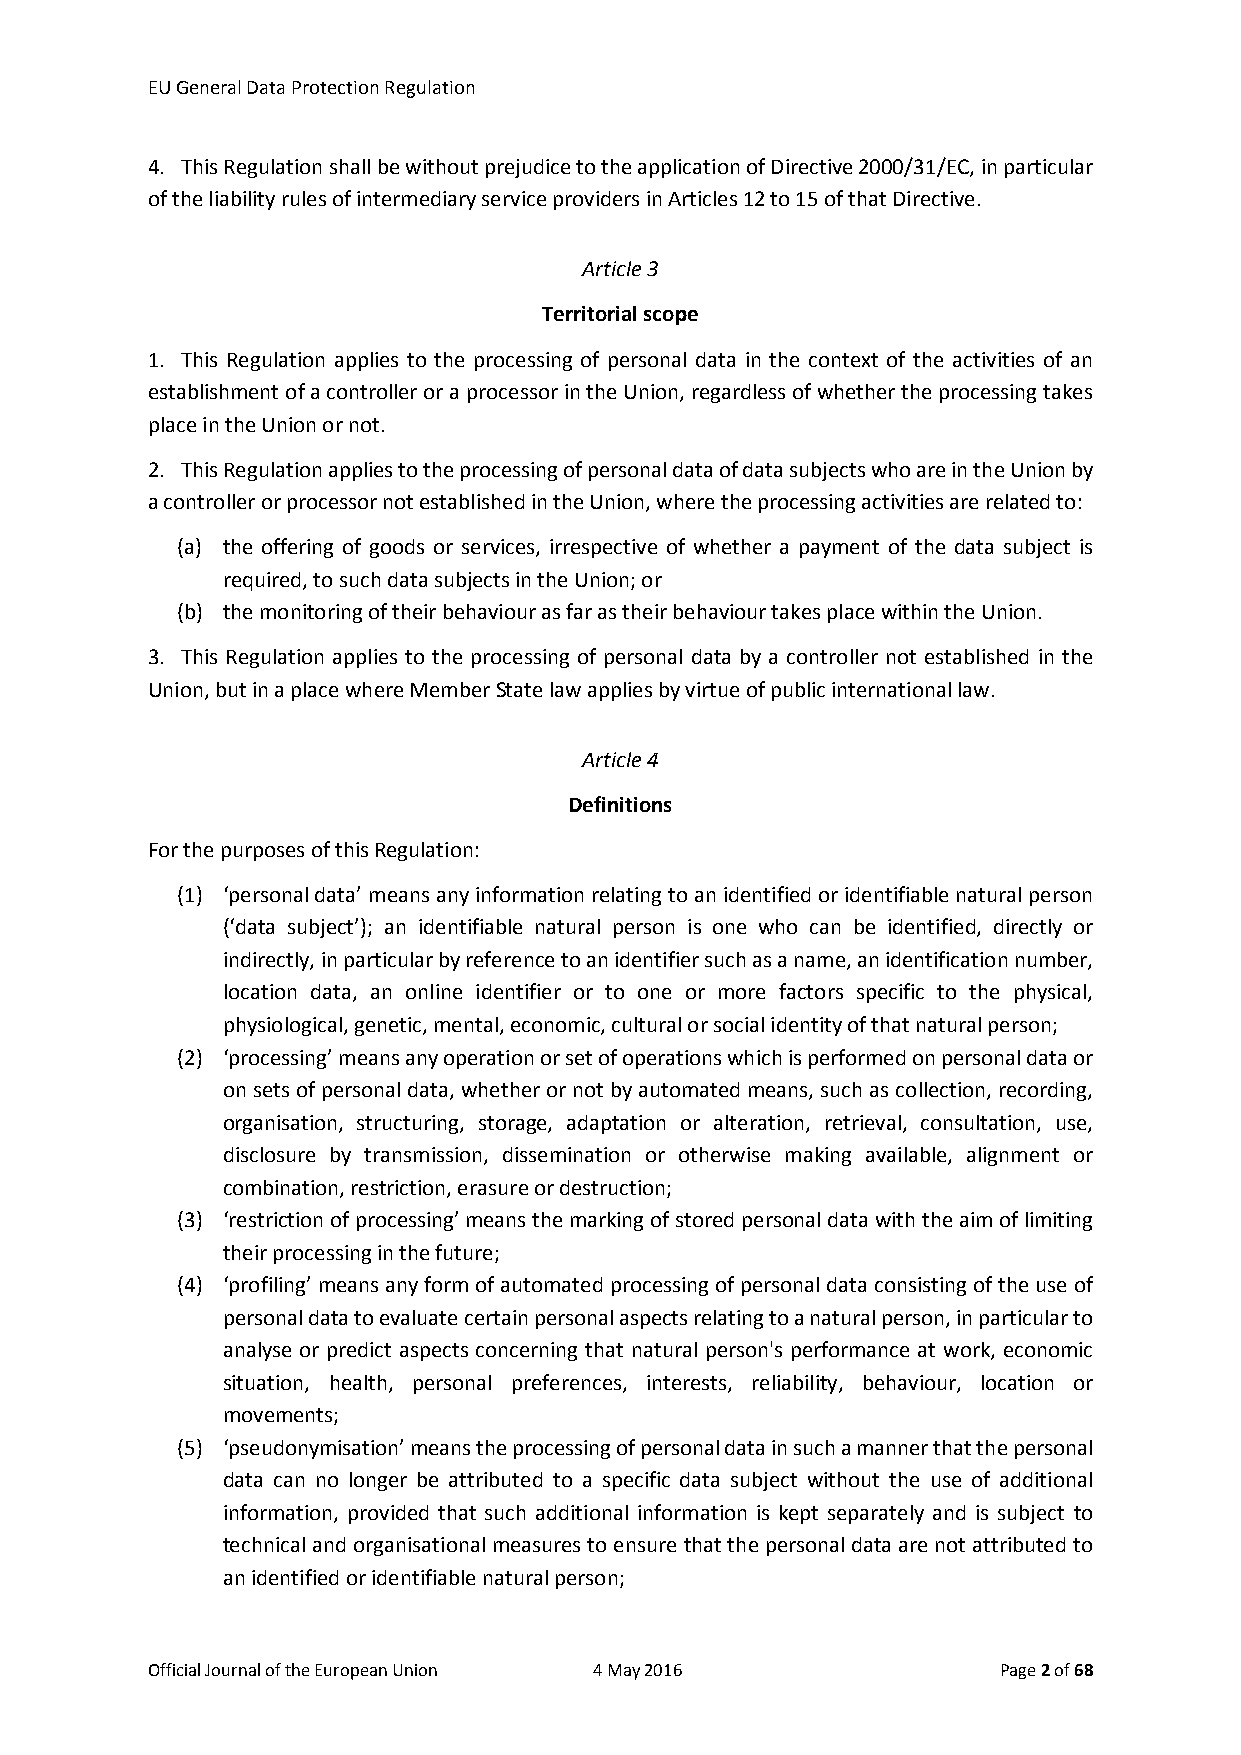
EU General Data Protection Regulation
 4. This Regulation shall be without prejudice to the application of Directive 2000/31/EC, in particular
 of the liability rules of intermediary service providers in Articles 12 to 15 of that Directive.
 Article 3
 Territorial scope
 1. This Regulation applies to the processing of personal data in the context of the activities of an
 establishment of a controller or a processor in the Union, regardless of whether the processing takes
 place in the Union or not.
 2. This Regulation applies to the processing of personal data of data subjects who are in the Union by
 a controller or processor not established in the Union, where the processing activities are related to:
 (a) the offering of goods or services, irrespective of whether a payment of the data subject is
 required, to such data subjects in the Union; or
 (b) the monitoring of their behaviour as far as their behaviour takes place within the Union.
 3. This Regulation applies to the processing of personal data by a controller not established in the
 Union, but in a place where Member State law applies by virtue of public international law.
 Article 4
 Definitions
 For the purposes of this Regulation:
 (1) ‘personal data’ means any information relating to an identified or identifiable natural person
 (‘data subject’); an identifiable natural person is one who can be identified, directly or
 indirectly, in particular by reference to an identifier such as a name, an identification number,
 location data, an online identifier or to one or more factors specific to the physical,
 physiological, genetic, mental, economic, cultural or social identity of that natural person;
 (2) ‘processing’ means any operation or set of operations which is performed on personal data or
 on sets of personal data, whether or not by automated means, such as collection, recording,
 organisation, structuring, storage, adaptation or alteration, retrieval, consultation, use,
 disclosure by transmission, dissemination or otherwise making available, alignment or
 combination, restriction, erasure or destruction;
 (3) ‘restriction of processing’ means the marking of stored personal data with the aim of limiting
 their processing in the future;
 (4) ‘profiling’ means any form of automated processing of personal data consisting of the use of
 personal data to evaluate certain personal aspects relating to a natural person, in particular to
 analyse or predict aspects concerning that natural person's performance at work, economic
 situation, health, personal preferences, interests, reliability, behaviour, location or
 movements;
 (5) ‘pseudonymisation’ means the processing of personal data in such a manner that the personal
 data can no longer be attributed to a specific data subject without the use of additional
 information, provided that such additional information is kept separately and is subject to
 technical and organisational measures to ensure that the personal data are not attributed to
 an identified or identifiable natural person;
 Official Journal of the European Union 4 May 2016       Page 2 of 68